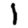
Digit: 1